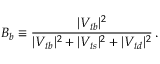
B _ { b } \equiv { \frac { \vert V _ { t b } \vert ^ { 2 } } { \vert V _ { t b } \vert ^ { 2 } + \vert V _ { t s } \vert ^ { 2 } + \vert V _ { t d } \vert ^ { 2 } } } \, .